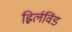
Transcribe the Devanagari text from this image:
ह्विर्लविंड